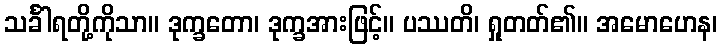
သင်္ခါရတို့ကိုသာ။ ဒုက္ခတော၊ ဒုက္ခအားဖြင့်။ ပဿတိ၊ ရှုတတ်၏။ အမောဟေန၊